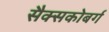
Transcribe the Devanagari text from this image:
सैक्सकोबर्ग